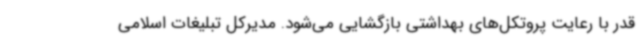
قدر با رعایت پروتکل‌های بهداشتی بازگشایی می‌شود. مدیرکل تبلیغات اسلامی